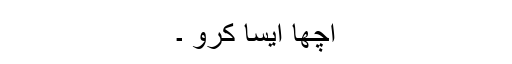
اچھا ایسا کرو ۔